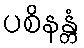
ပစိနန္တံ